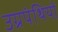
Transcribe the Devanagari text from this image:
उग्रपंथियों